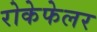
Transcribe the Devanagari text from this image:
रोकेफेलर